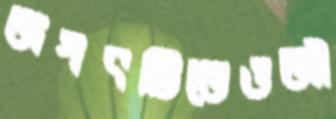
জগৎটিতেওজী